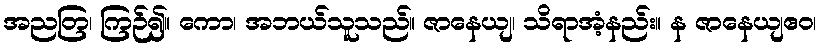
အညတြ၊ ကြဉ်၍။ ကော၊ အဘယ်သူသည်။ ဇာနေယျ၊ သိရာအံ့နည်း။ န ဇာနေယျဧဝ၊